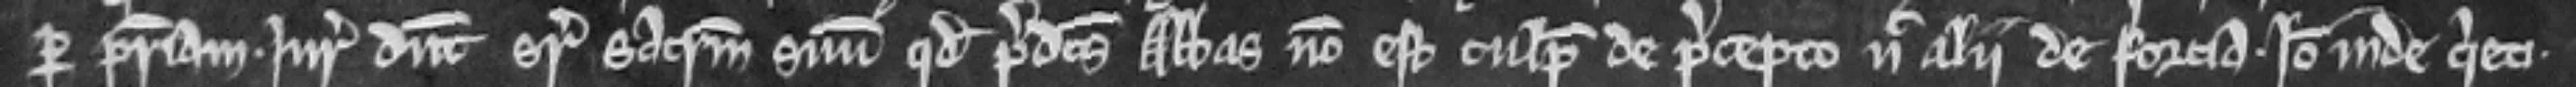
per patriam. Juratores dicunt super sacramentum suum quod predictus Abbas non est culpabilis de precepto nec ali de forcia. Ideo inde quieti.